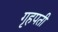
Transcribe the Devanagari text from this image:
गृहपती